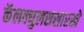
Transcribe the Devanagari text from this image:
कॅलक्युलससारखे